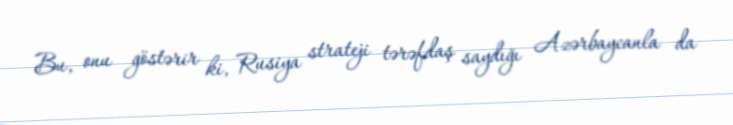
Bu, onu göstərir ki, Rusiya strateji tərəfdaş saydığı Azərbaycanla da